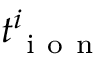
t _ { \mathrm { ~ i ~ o ~ n ~ } } ^ { i }